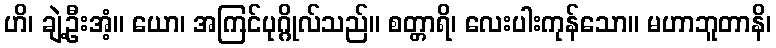
ဟိ၊ ချဲ့ဦးအံ့။ ယော၊ အကြင်ပုဂ္ဂိုလ်သည်။ စတ္တာရိ၊ လေးပါးကုန်သော။ မဟာဘူတာနိ၊